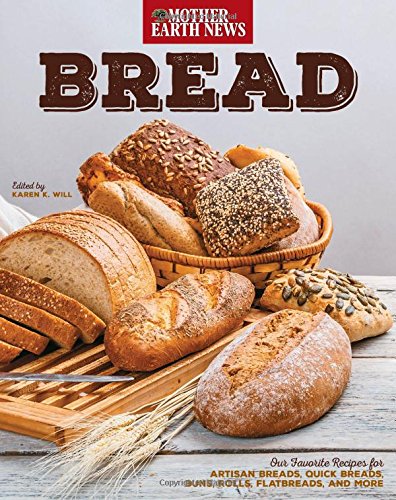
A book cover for Bread by Mother Earth News: Our Favorite Recipes for Artisan Breads, Quick Breads, Buns, Rolls, Flatbreads, and More; Mother Earth News; Cookbooks, Food & Wine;